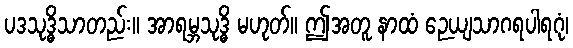
ပဒသုဒ္ဓိသာတည်း။ အာရမ္ဘသုဒ္ဓိ မဟုတ်။ ဤအတူ နာထံ ဉေယျသာဂရပါရဂုံ၊